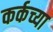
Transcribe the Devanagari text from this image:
कर्कच्या